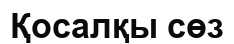
Қосалқы сөз